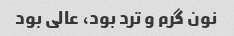
نون گرم و ترد بود، عالی بود